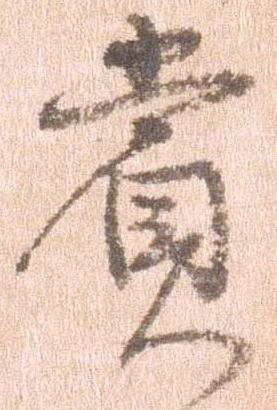
賞